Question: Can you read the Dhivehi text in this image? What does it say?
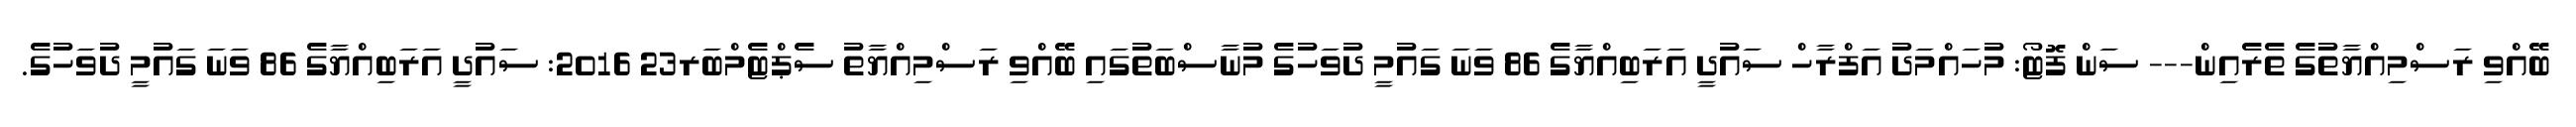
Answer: ބޭއްވި ރަސްމިއްޔާތުގެ ތެރެއިން--- ސަން ފޮޓޯ: މުހައްމަދު އަފްރާހް ސައުދީ އަރަބިއްޔާގެ 86 ވަނަ ގައުމީ ދުވަހުގެ މުނާސްބަތުގައި ބޭއްވި ރަސްމިއްޔާތު ސެޕްޓެމްބަރ23 2016: ސައުދީ އަރަބިއްޔާގެ 86 ވަނަ ގައުމީ ދުވަހުގެ.